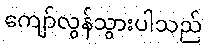
ကျော်လွန်သွားပါသည်